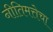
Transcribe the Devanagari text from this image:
नीतिमत्तेचा